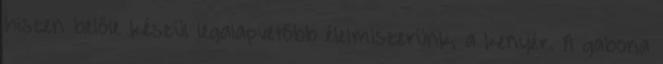
hiszen belőle készül legalapvetőbb élelmiszerünk, a kenyér. A gabona